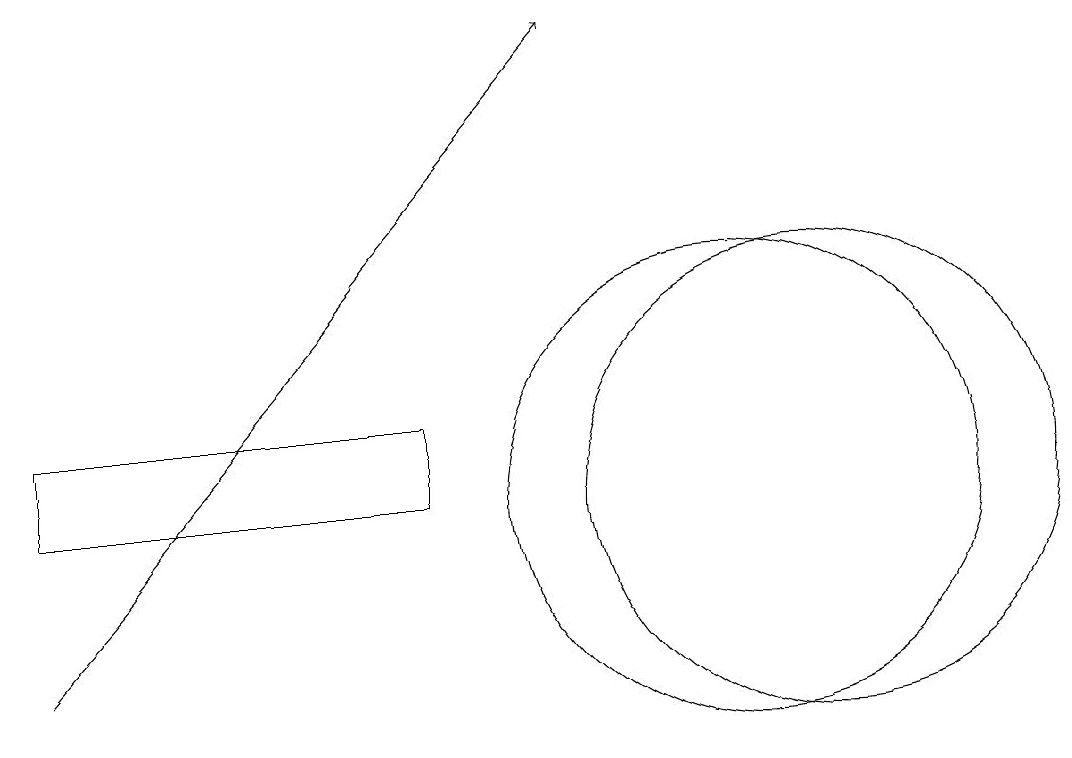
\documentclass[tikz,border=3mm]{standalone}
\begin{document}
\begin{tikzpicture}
\draw (11,12) circle (3);
\draw (1,12) rectangle (6,13);
\draw (10,12) circle (3);
\draw (10,10) circle (0);
\draw[->] (1,10) -- (8,18);
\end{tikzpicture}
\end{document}